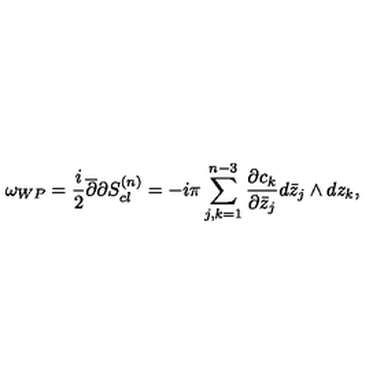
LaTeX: \omega _ { W P } = { \frac { i } { 2 } } { \overline { \partial } } { \partial } S _ { c l } ^ { ( n ) } = - i \pi \sum _ { j , k = 1 } ^ { n - 3 } { \frac { \partial c _ { k } } { \partial { \bar { z } _ { j } } } } d \bar { z } _ { j } \wedge d z _ { k } ,